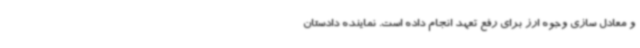
و معادل سازی وجوه ارز برای رفع تعهد انجام داده است. نماینده دادستان